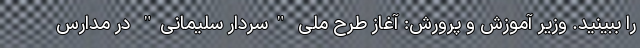
را ببینید. وزیر آموزش و پرورش: آغاز طرح ملی "سردار سلیمانی" در مدارس